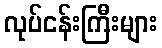
လုပ်ငန်းကြီးများ